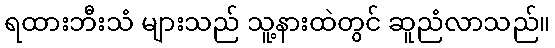
ရထားဘီးသံ များသည် သူ့နားထဲတွင် ဆူညံလာသည်။